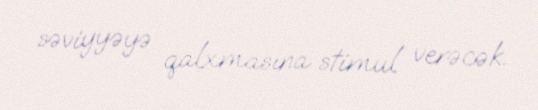
səviyyəyə qalxmasına stimul verəcək.